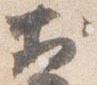
於